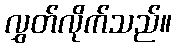
လွှတ်လိုက်သည်။